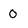
Character: 0